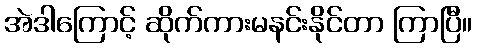
အဲဒါကြောင့် ဆိုက်ကားမနင်းနိုင်တာ ကြာပြီ။